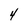
Character: 4